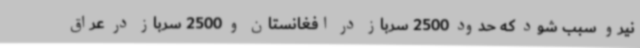
نیرو سبب شود که حدود 2500 سرباز در افغانستان و 2500 سرباز در عراق